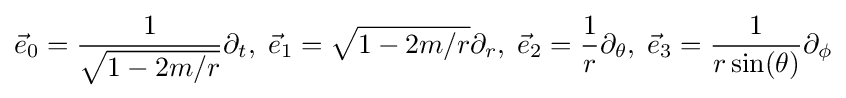
{\vec {e}}_{0}={\frac {1}{\sqrt {1-2m/r}}}\partial _{t},\;{\vec {e}}_{1}={\sqrt {1-2m/r}}\partial _{r},\;{\vec {e}}_{2}={\frac {1}{r}}\partial _{\theta },\;{\vec {e}}_{3}={\frac {1}{r\sin(\theta )}}\partial _{\phi }